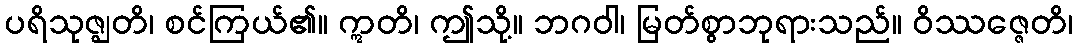
ပရိသုဇ္ဈတိ၊ စင်ကြယ်၏။ ဣတိ၊ ဤသို့။ ဘဂဝါ၊ မြတ်စွာဘုရားသည်။ ဝိဿဇ္ဇေတိ၊